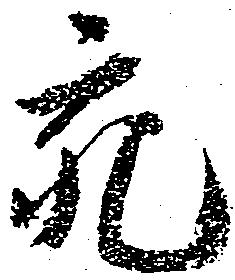
充